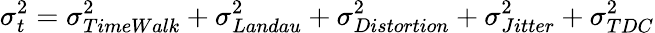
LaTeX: \sigma_{t}^{2}=\sigma_{TimeWalk}^{2}+\sigma_{Landau}^{2}+\sigma_{Distortion}^{2}+\sigma_{Jitter}^{2}+\sigma_{TDC}^{2}